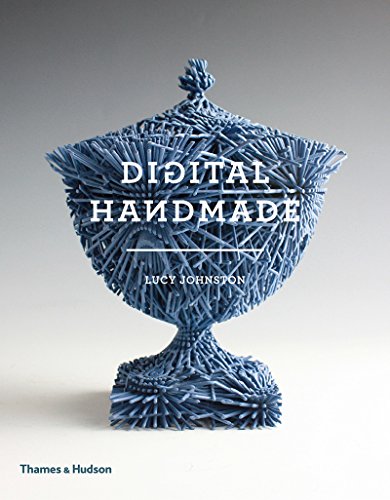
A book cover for Digital Handmade: Craftsmanship and the New Industrial Revolution; Lucy Johnston; Computers & Technology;